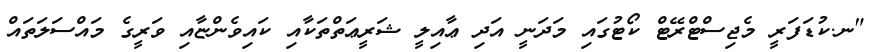
"ނ.ކުޑަފަރީ މެޖިސްޓްރޭޓް ކޯޓުގައި މަދަނީ އަދި ޢާއިލީ ޝަރީޢަތްތަކާއި ކައިވެންޏާއި ވަރީގެ މައްސަލަތައް